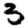
Digit: 3